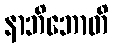
နာဘိဘောတိ